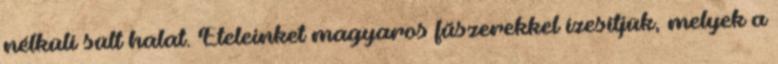
nélküli sült halat. Ételeinket magyaros fűszerekkel ízesítjük, melyek a